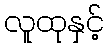
လူထုနှင့်